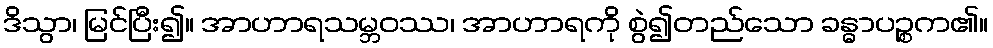
ဒိသွာ၊ မြင်ပြီး၍။ အာဟာရသမ္ဘဝဿ၊ အာဟာရကို စွဲ၍တည်သော ခန္ဓာပဉ္စက၏။